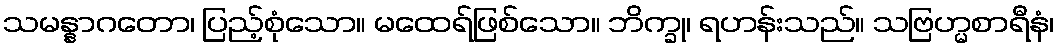
သမန္နာဂတော၊ ပြည့်စုံသော။ မထေရ်ဖြစ်သော။ ဘိက္ခု၊ ရဟန်းသည်။ သဗြဟ္မစာရီနံ၊